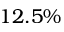
1 2 . 5 \%